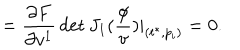
= \frac { \partial F } { \partial v ^ { 1 } } \det J _ { 1 } ( \frac \phi v ) | _ { ( t ^ { * } , p _ { i } ) } = 0 .